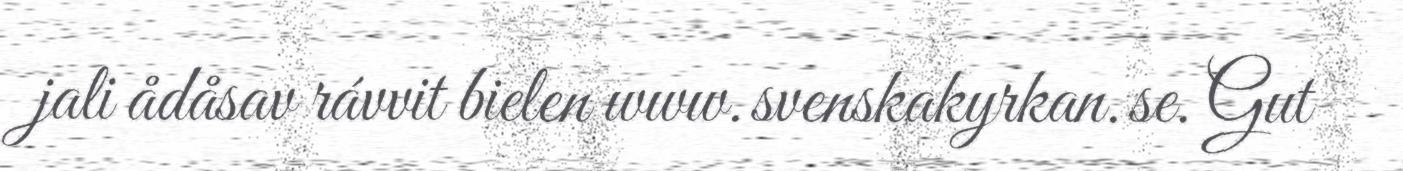
jali ådåsav rávvit bielen www.svenskakyrkan.se. Gut